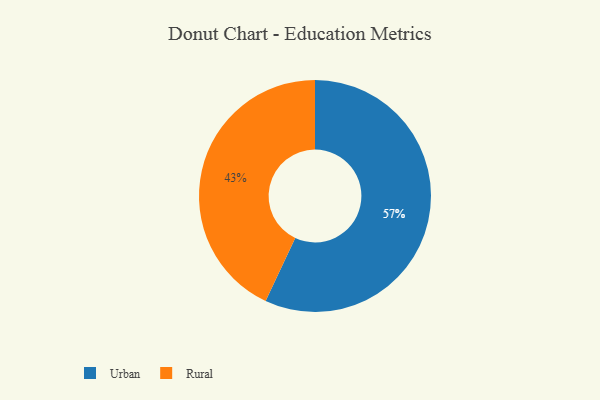
{"axis": {"x": "Category", "y": "Percentage"}, "legend": ["Rural", "Urban"], "data": [{"x": "Rural", "y": 43, "type": "Rural"}, {"x": "Urban", "y": 57, "type": "Urban"}]}